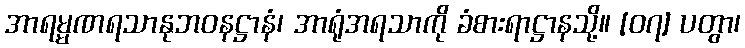
အာရမ္မဏရသာနုဘဝနဋ္ဌာနံ၊ အာရုံအရသာကို ခံစားရာဋ္ဌာနသို့။ [၀၇] ပတွာ၊